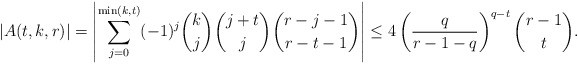
\begin{align*}|A(t,k,r)|=\left |\sum_{j=0}^{\min (k,t)}(-1)^j\binom{k}{j}\binom{j+t}{j}\binom{r-j-1}{r-t-1}\right|\leq 4\left(\frac{q}{r-1-q}\right)^{q-t}\binom{r-1}{t}.\end{align*}